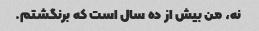
نه، من بیش از ده سال است که برنگشتم.